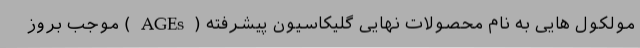
مولکول هایی به نام محصولات نهایی گلیکاسیون پیشرفته ( AGEs ) موجب بروز